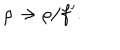
\rho \rightarrow \rho / f ^ { \prime } .